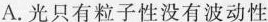
A.光只有粒子性没有波动性